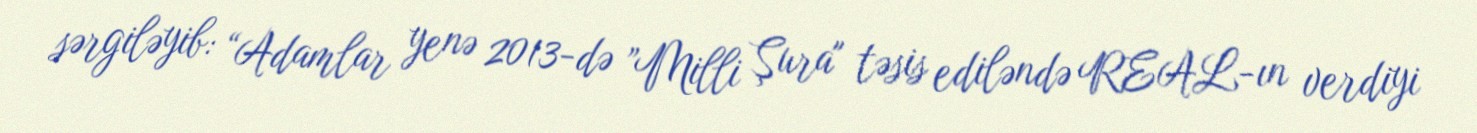
sərgiləyib: “Adamlar yenə 2013-də ”Milli Şura" təsis ediləndə REAL-ın verdiyi